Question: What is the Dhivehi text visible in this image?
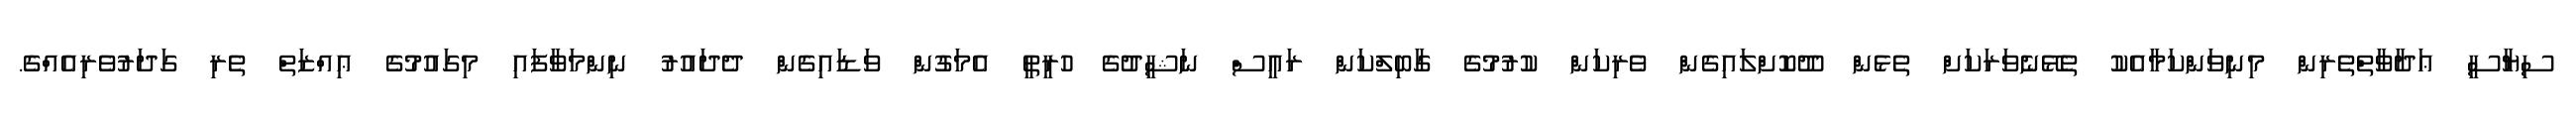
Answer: ސިޔާސީ ޢަދާވާތްތެރިން މިނިވަންކަމާއެކު ތެޅޭނެވަރަކަށް ތެޅެން ދޫކޮށްލައިގެން ވެރިކަން ކުރުމުގެ ގާބިލްކަން ރައީސް ނަޝީދުގެ ހުރީތީ އެމަގުން ވަޑައިގެން ދެދައުރު ނިންމަވާފައި މިގައުމުގެ ޢިއްޒަތް ތެރި ގަދަރުވެރިއެއްގެ.